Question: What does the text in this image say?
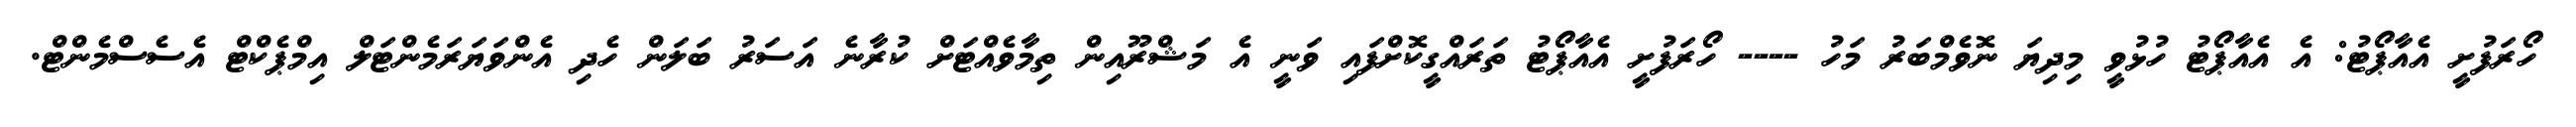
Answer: ހޯރަފުށީ އެއާޕޯޓު: އެ އެއާޕޯޓު ހުޅުވީ މިދިޔަ ނޮވެމްބަރު މަހު ---- ހޯރަފުށީ އެއާޕޯޓު ތަރައްގީކޮށްފައި ވަނީ އެ މަޝްރޫއިން ތިމާވެއްޓަށް ކުރާނެ އަސަރު ބަލަން ހެދި އެންވަޔަރަމެންޓަލް އިމްޕެކްޓް އެސެސްމެންޓް.